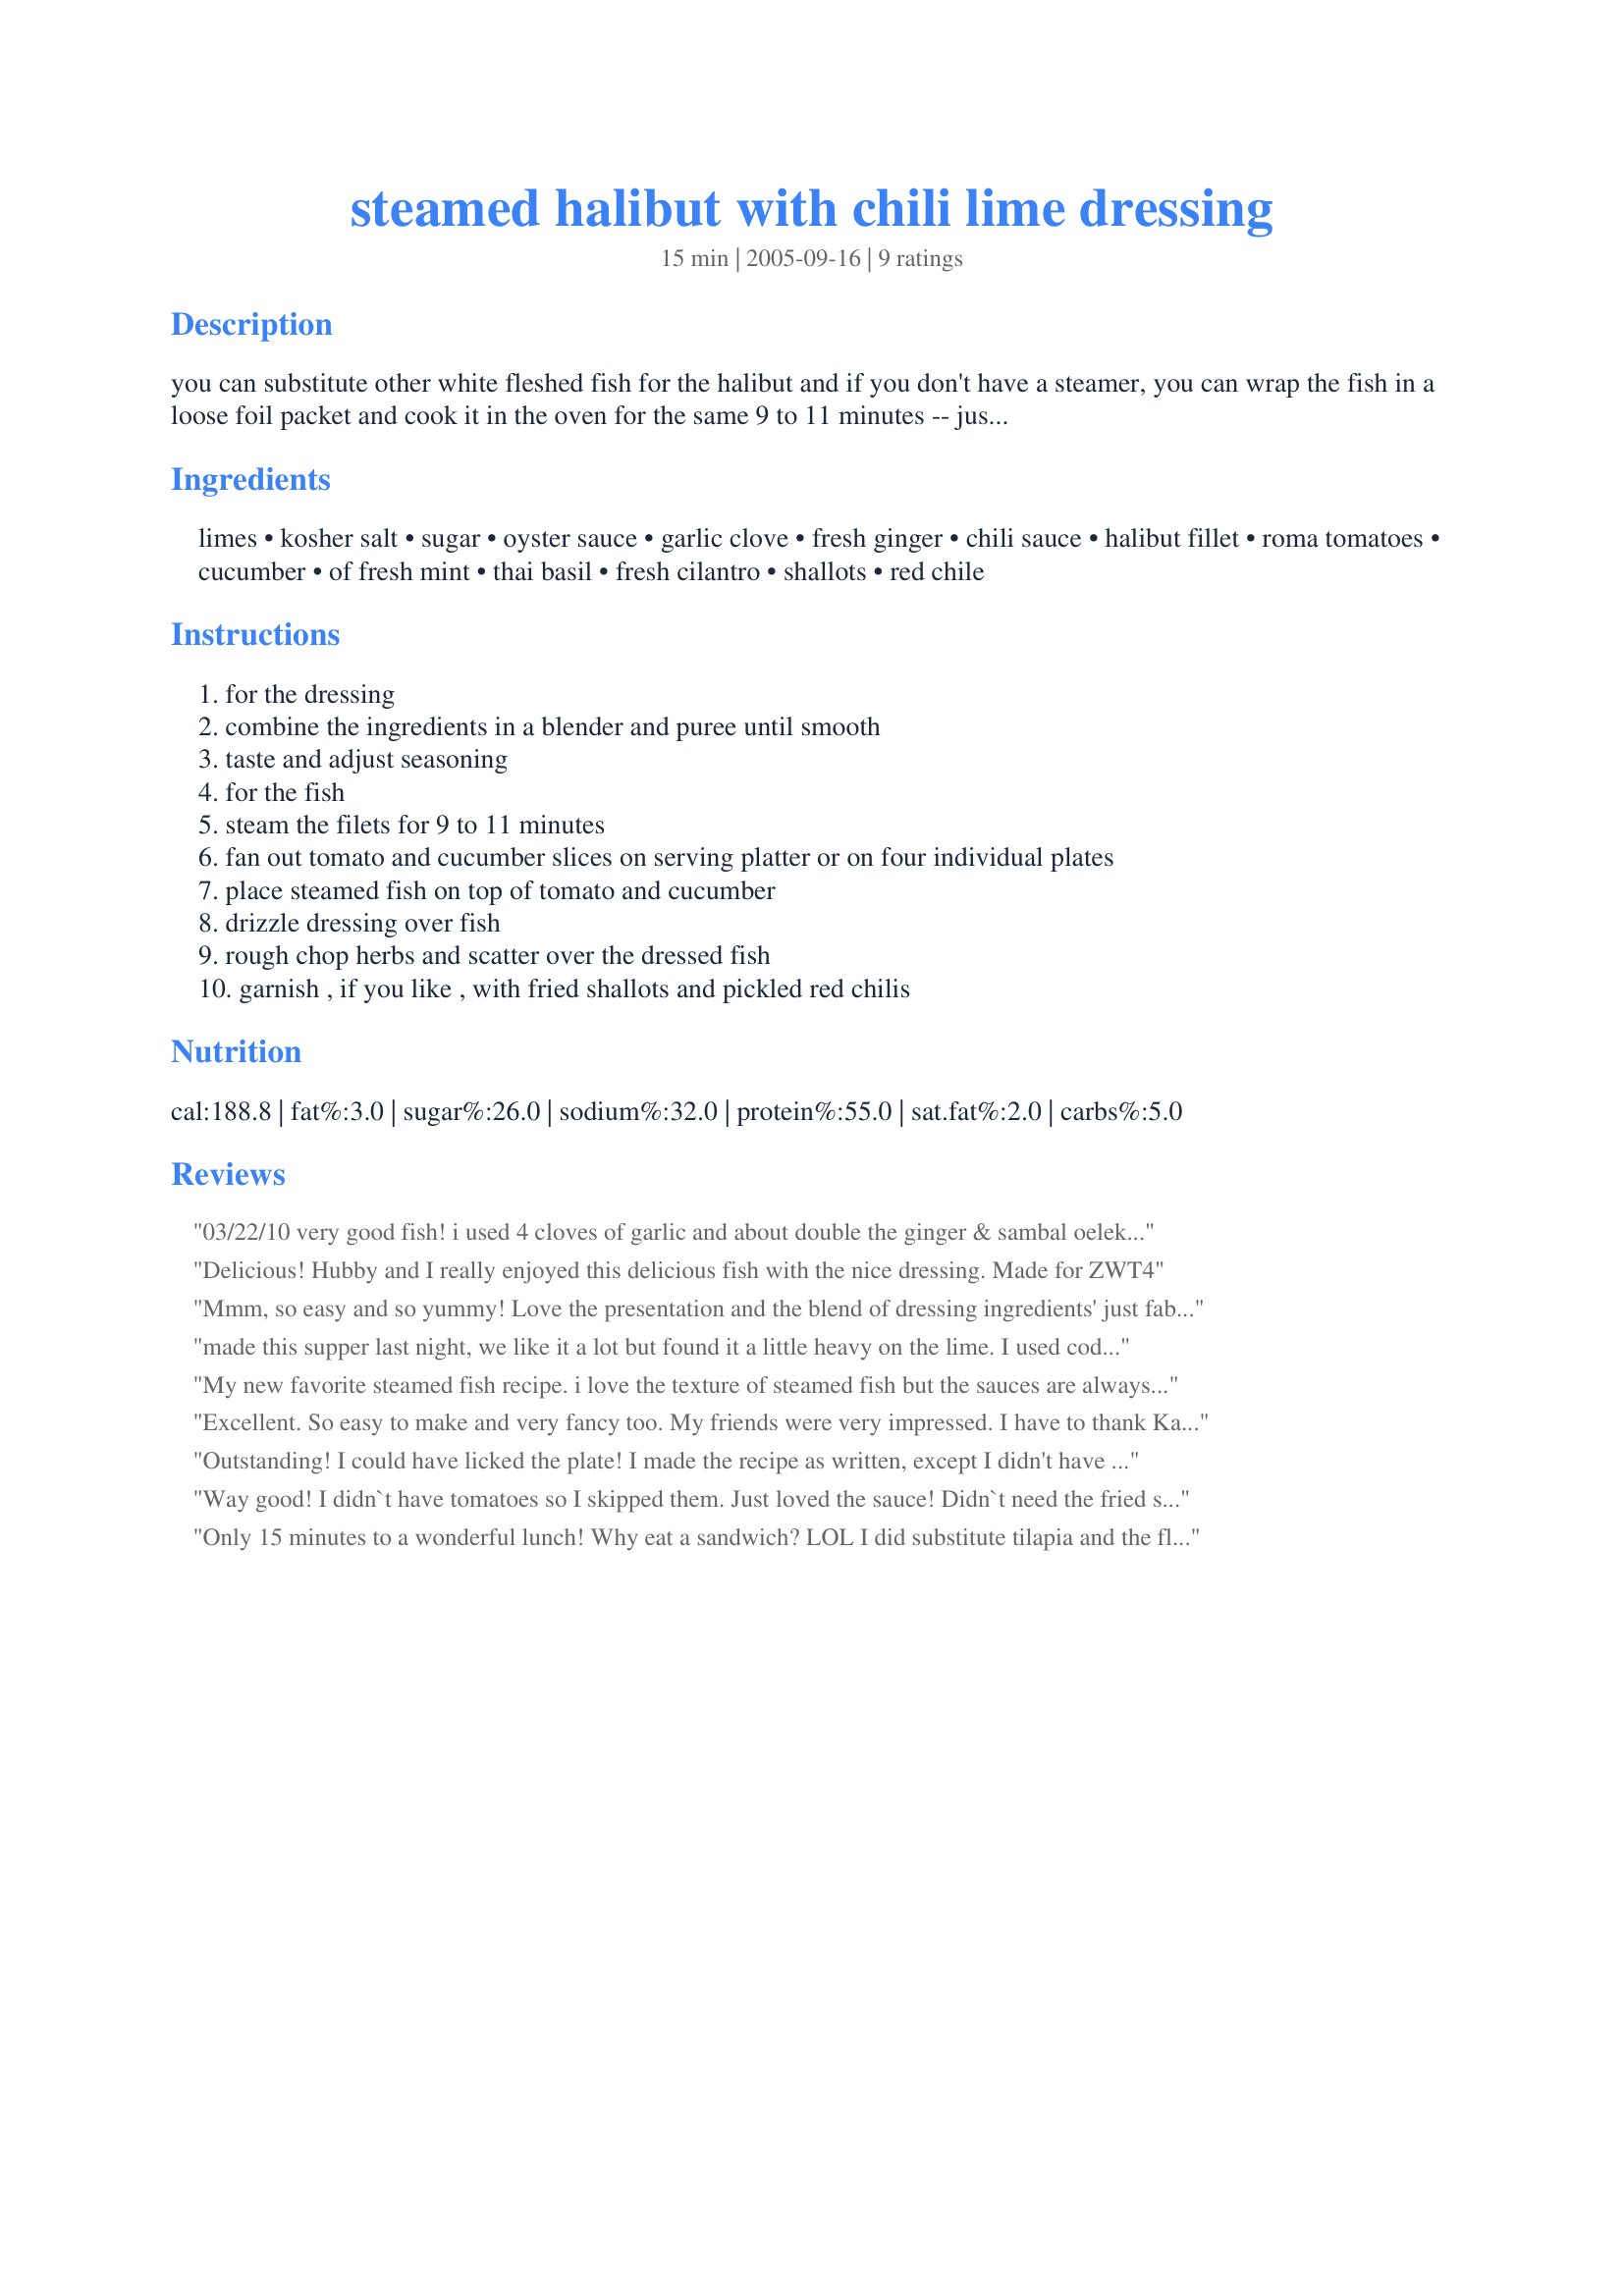
steamed halibut with chili lime dressing
Preparation time: 15 minutes

you can substitute other white fleshed fish for the halibut and if you don't have a steamer, you can wrap the fish in a loose foil packet and cook it in the oven for the same 9 to 11 minutes -- just be careful when you open the foil because the steam will rush out. and, depending on your palate, you can increase or decrease the garlic and the heat.

Ingredients:
limes, kosher salt, sugar, oyster sauce, garlic clove, fresh ginger, chili sauce, halibut fillet, roma tomatoes, cucumber, of fresh mint, thai basil, fresh cilantro, shallots, red chile

Steps:
for the dressing
combine the ingredients in a blender and puree until smooth
taste and adjust seasoning
for the fish
steam the filets for 9 to 11 minutes
fan out tomato and cucumber slices on serving platter or on four individual plates
place steamed fish on top of tomato and cucumber
drizzle dressing over fish
rough chop herbs and scatter over the dressed fish
garnish , if you like , with fried shallots and pickled red chilis

Reviews:
03/22/10 very good fish! i used 4 cloves of garlic and about double the ginger & sambal oelek. didnt have fresh mint or basil so i used dried for both of those. i marinaded the tomato & cucumber slices in the dressing while the fish was steaming so my presentation wasnt as good but the flavor was exactly what we were looking for! 03/27/10 made again and really think this would be good as a thai style ceviche...gonna try it out and let you know how it turns out!!
Delicious! Hubby and I really enjoyed this delicious fish with the nice dressing. Made for ZWT4
Mmm, so easy and so yummy! Love the presentation and the blend of dressing ingredients' just fabulous! Used Hake fillets for this and opted out on the chilies. I'll be making this again. Thanks, Chef Kate! Made for WZT4.
made this supper last night, we like it a lot but found it a little heavy on the lime. I used cod instead of halibut, halibut is just too costly around this time of year here. We liked the dressing, but was out of chili sauce, maybe that was why the lime seemed heavy. Loved the presentation, pretty plate. Thanks for sharing a good one, I will make it again, next time with the chili sauce.
My new favorite steamed fish recipe. i love the texture of steamed fish but the sauces are always to sweet or too bland this one is perfect. i try to stick to the recipe at least the first time i make it but of course ran out of chili sauce, i did have chili garlic sauce so i used that in place of chili sauce and garlic. i'm also in the process of moving and already packed my bigger steamer so i wrapped the fish in parchment. thanks for the recipe.
Excellent. So easy to make and very fancy too. My friends were very impressed. I have to thank Kate for that!!!
I didn't change anything but I used simple basil instead of Thai basil (I dont't know that). Oh, sorry and didn't use any cilantro. Thanks Kate!!!
Outstanding! I could have licked the plate! I made the recipe as written, except I didn't have any pickled red pepper. Halibut is a very mild fish, and it was perfect with the combination of the flavors of the dressing and the herb mixture. Thanks for sharing, Kate. Made for ZWT4.
Way good! I didn`t have tomatoes so I skipped them. Just loved the sauce! Didn`t need the fried shallots,or 
pickled red chilies. I pan seared the fish which I seasoned with salt, pepper and dusted with flour! Yum!

Only 15 minutes to a wonderful lunch! Why eat a sandwich? LOL I did substitute tilapia and the flavors of the other ingredients really popped with this mild fish. I will definitely be making this again. Thank you! Made for ZWT4.
